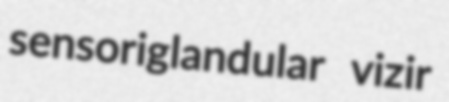
sensoriglandular vizir